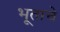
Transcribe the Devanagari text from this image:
भूताचे